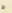
ط